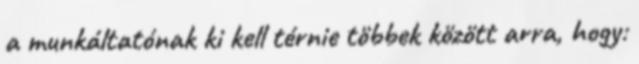
a munkáltatónak ki kell térnie többek között arra, hogy: